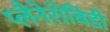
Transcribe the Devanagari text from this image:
प्लैनेरोबिडी